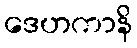
ဒေဟကာနိ